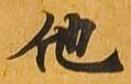
他